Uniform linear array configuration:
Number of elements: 24
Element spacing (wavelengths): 0.5
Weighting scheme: hamming
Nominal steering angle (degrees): -45
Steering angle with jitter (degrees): -43.777
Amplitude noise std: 0.05
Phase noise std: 0.05

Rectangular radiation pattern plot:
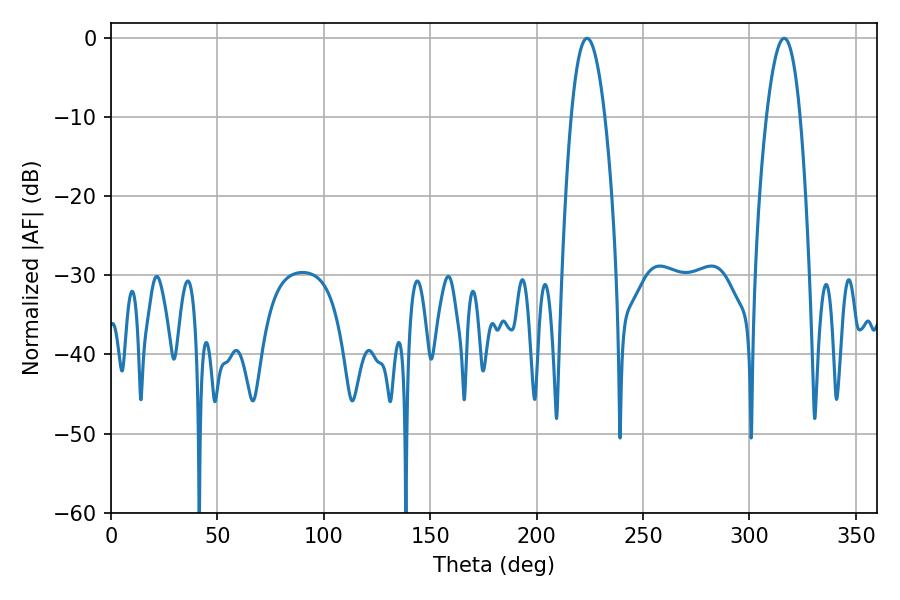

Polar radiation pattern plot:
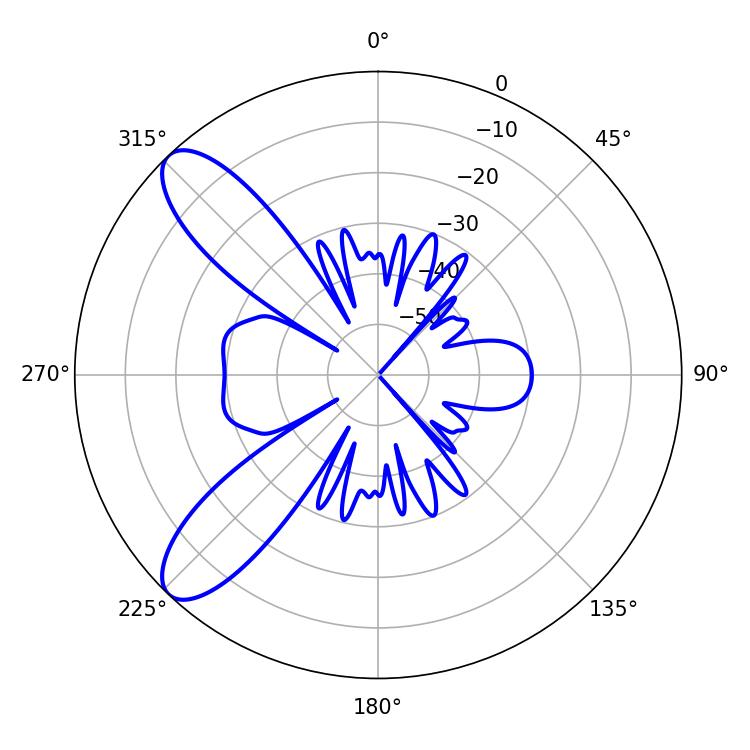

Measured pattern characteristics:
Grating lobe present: FALSE
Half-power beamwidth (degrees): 8.82
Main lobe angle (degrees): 223.74